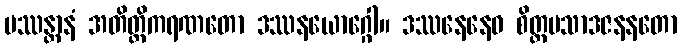
ပဿန္တာနံ အတိတ္တိကရဏတော ဒဿနယောဂ္ဂေါ။ ဒဿနေနေဝ စိတ္တပသာဒဇနနတော